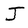
Character: J